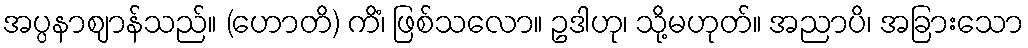
အပ္ပနာဈာန်သည်။ (ဟောတိ) ကိံ၊ ဖြစ်သလော။ ဥဒါဟု၊ သို့မဟုတ်။ အညာပိ၊ အခြားသော